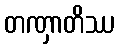
တဏှာတိဿ